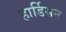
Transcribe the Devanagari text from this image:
हार्डिसन